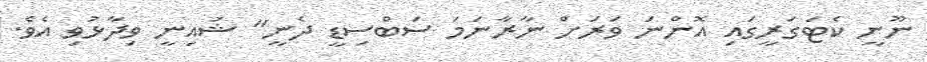
ނޫނީ ކެޓަގަރީގައި އޮންނަ ވަރަށް ނާރާނަމަ ސަބްސިޑީ ދެނީ" ޝައިނީ ވިދާޅުވި އެވެ.